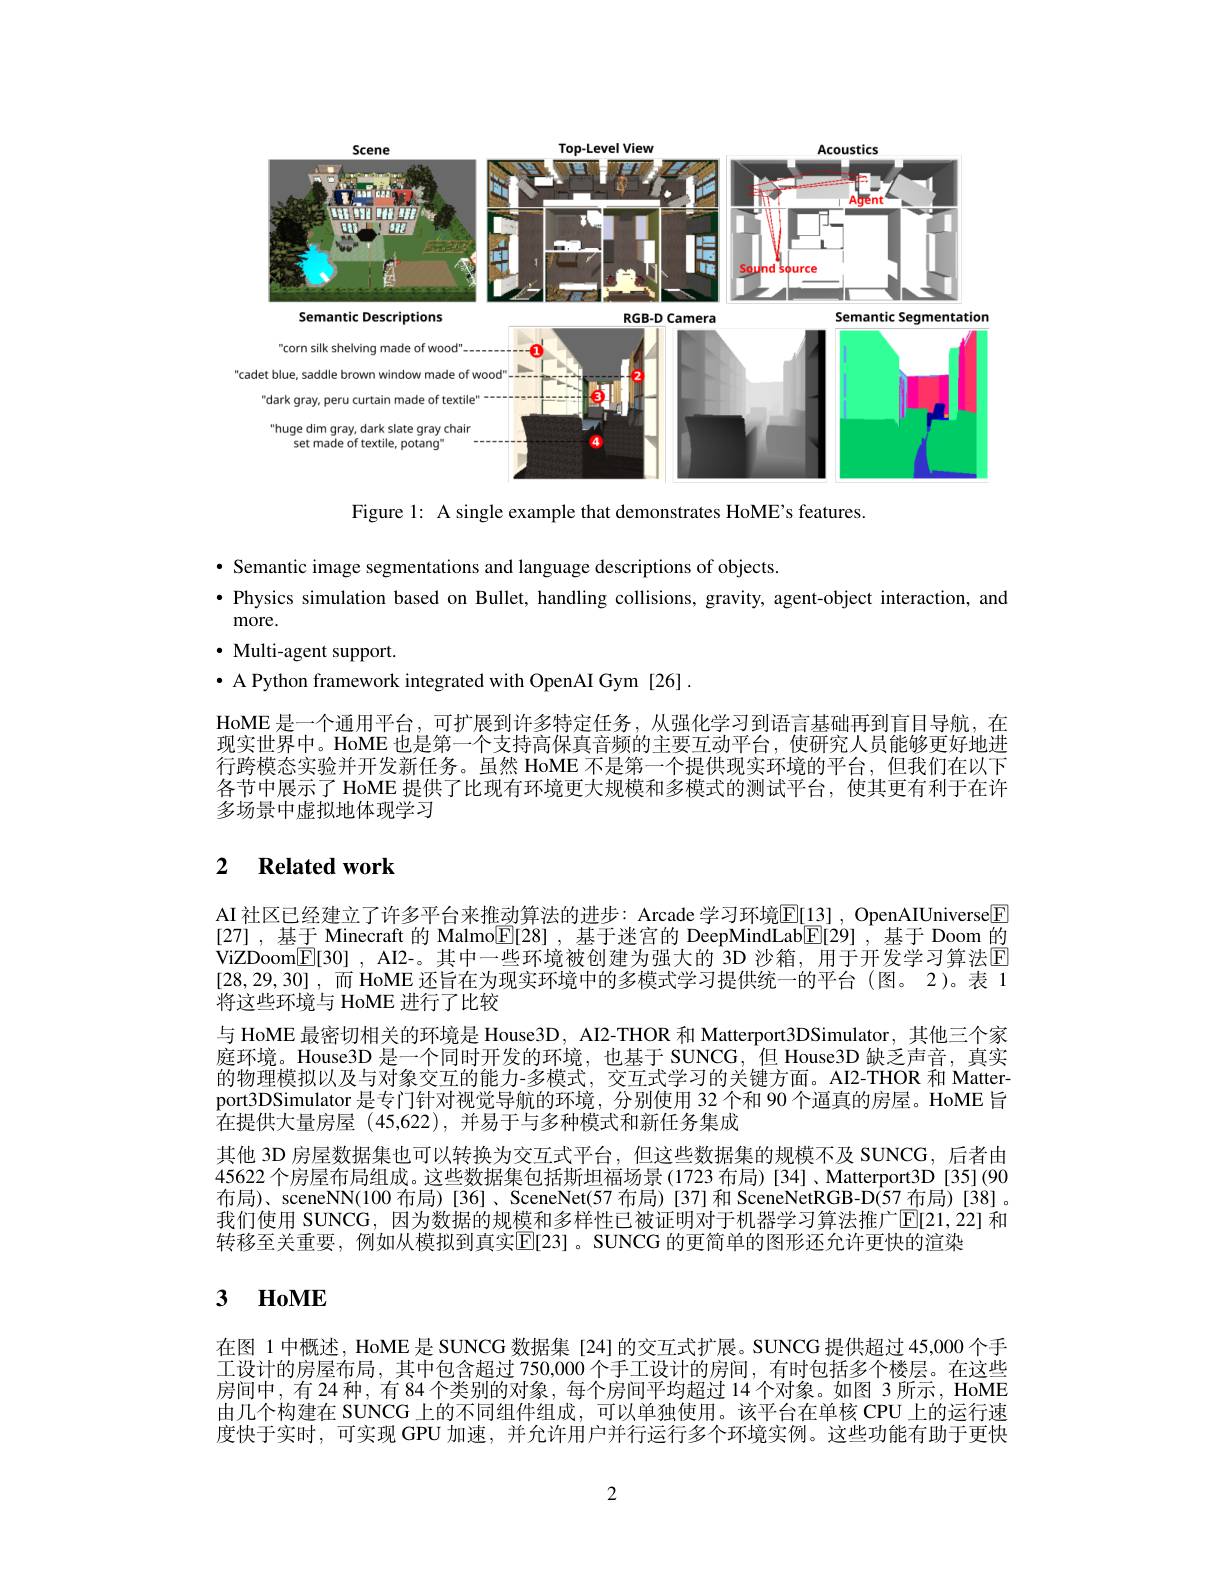
<FigureHere>

Figure 1: A single example that demonstrates HoME's features.

· Semantic image segmentations and language descriptions of objects
·Physics simulation based on Bullet, handling collisions, gravity, agent-object interaction, and
more.
$\cdot$ Multi-agent support.
$\bullet$ A Python framework integrated with OpenAI Gym [26].
HoME 是一个通用平台，可扩展到许多特定任务，从强化学习到语言基础再到盲目导航，在现实世界中。HoME 也是第一个支持高保真音频的主要互动平台，使研究人员能够更好地进行跨模态实验并开发新任务。虽然 HoME 不是第一个提供现实环境的平台，但我们在以下各节中展示了 HoME 提供了比现有环境更大规模和多模式的测试平台，使其更有利于在许多场景中虚拟地体现学习

## 2 $\textbf{Related work}$

AI 社区已经建立了许多平台来推动算法的进步：Arcade 学习环境$\overline{\mathbb{E}}[\underline{13}]$, OpenAIIUniverse$\boxed{\mathbb{F}}$ [27] ,基于 Minecraft 的 Malmo$\boxed{\mathbb{E}}[28]$ ,基于迷宫的 DeepMindLab$\boxed{\mathbb{E}}[29]$ ,基于 Doom 的ViZDoom$\underline {\mathbb{E} }[ 30]$ , AI2-。其中一些环境被创建为强大的 3D 沙箱，用于开发学习算法回[28,29,30] ,而 HoME 还旨在为现实环境中的多模式学习提供统一的平台 (图。2)。表 1将这些环境与 HoME 进行了比较
与 HoME 最密切相关的环境是 House3D , AI2-THOR 和 Matterport3DSimulator, 其他三个家庭环境。House3D 是一个同时开发的环境，也基于 SUNCG,但 House3D 缺乏声音，真实的物理模拟以及与对象交互的能力-多模式，交互式学习的关键方面。AI2-THOR 和 Matterport3DSimulator 是专门针对视觉导航的环境，分别使用 32 个和 90 个通真的房屋。HoME 旨在提供大量房屋 (45,622),并易于与多种模式和新任务集成
其他 3D 房屋数据集也可以转换为交互式平台，但这些数据集的规模不及 SUNCG, 后者由45622 个房屋布局组成。这些数据集包括斯坦福场景(1723 布局)[34]、Matterport3D [35](90布局)、sceneNN(100 布局)[36]、SceneNet(57 布局)[37]和 SceneNetRGB-D(57 布局)[38]。我们使用 SUNCG, 因为数据的规模和多样性已被证明对于机器学习算法推广$\overline{\mathrm{E}}[21,22]$ 和转移至关重要，例如从模拟到真实$\mathbb{E}[23]$。SUNCG 的更简单的图形还允许更快的渲染

# 3 HoME

在图 1 中概述，HoME 是 SUNCG 数据集 [24] 的交互式扩展。SUNCG 提供超过 45,000 个手工设计的房屋布局，其中包含超过 750,000 个手工设计的房间，有时包括多个楼层。在这些房间中，有 24 种，有 84 个类别的对象，每个房间平均超过 14 个对象。如图 3 所示，HoME 由几个构建在 SUNCG 上的不同组件组成，可以单独使用。该平台在单核 CPU 上的运行速度快于实时，可实现 GPU 加速，并允许用户并行运行多个环境实例。这些功能有助于更快

2